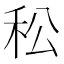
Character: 𥝶